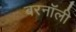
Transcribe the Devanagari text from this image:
बरनॉली